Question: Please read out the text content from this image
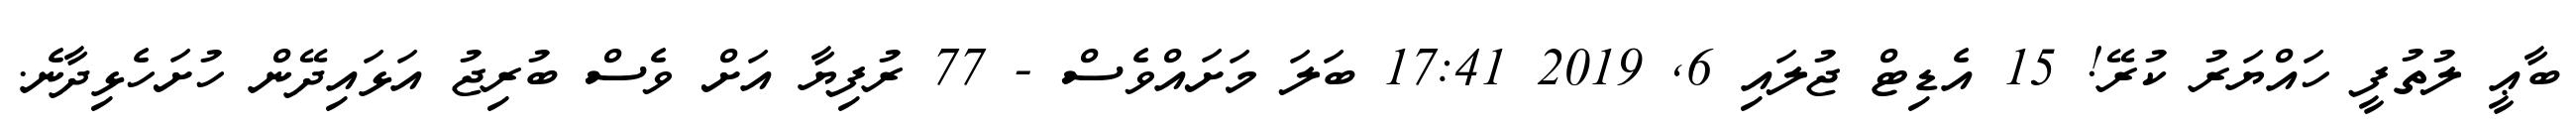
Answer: ބާޢީ ލުތުފީ ހައްޔަރު ކުރޭ! 15 އެޑިޓް ޖުލައި 6, 2019 17:41 ބަލަ މަށައްވެސް - 77 ރުފިޔާ އަށް ވެސް ބުރިޖު އަޅައިދޭން ހުށަހެޅިދާނެ.